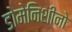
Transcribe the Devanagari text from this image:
डोमेनिशीनो